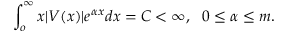
\int _ { o } ^ { \infty } x | V ( x ) | e ^ { \alpha x } d x = C < \infty , ~ ~ 0 \leq \alpha \leq m .